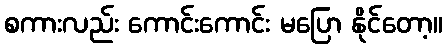
စကားလည်း ကောင်းကောင်း မပြော နိုင်တော့။